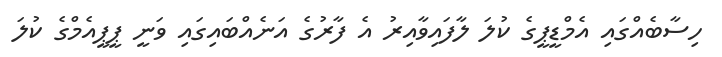
ހިސާބެއްގައި އެމްޑީޕީގެ ކުލަ ލާފައިވާއިރު އެ ފާރުގެ އަނެއްބައިގައި ވަނީ ޕީޕީއެމްގެ ކުލަ